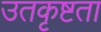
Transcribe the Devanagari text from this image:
उतकृष्टता